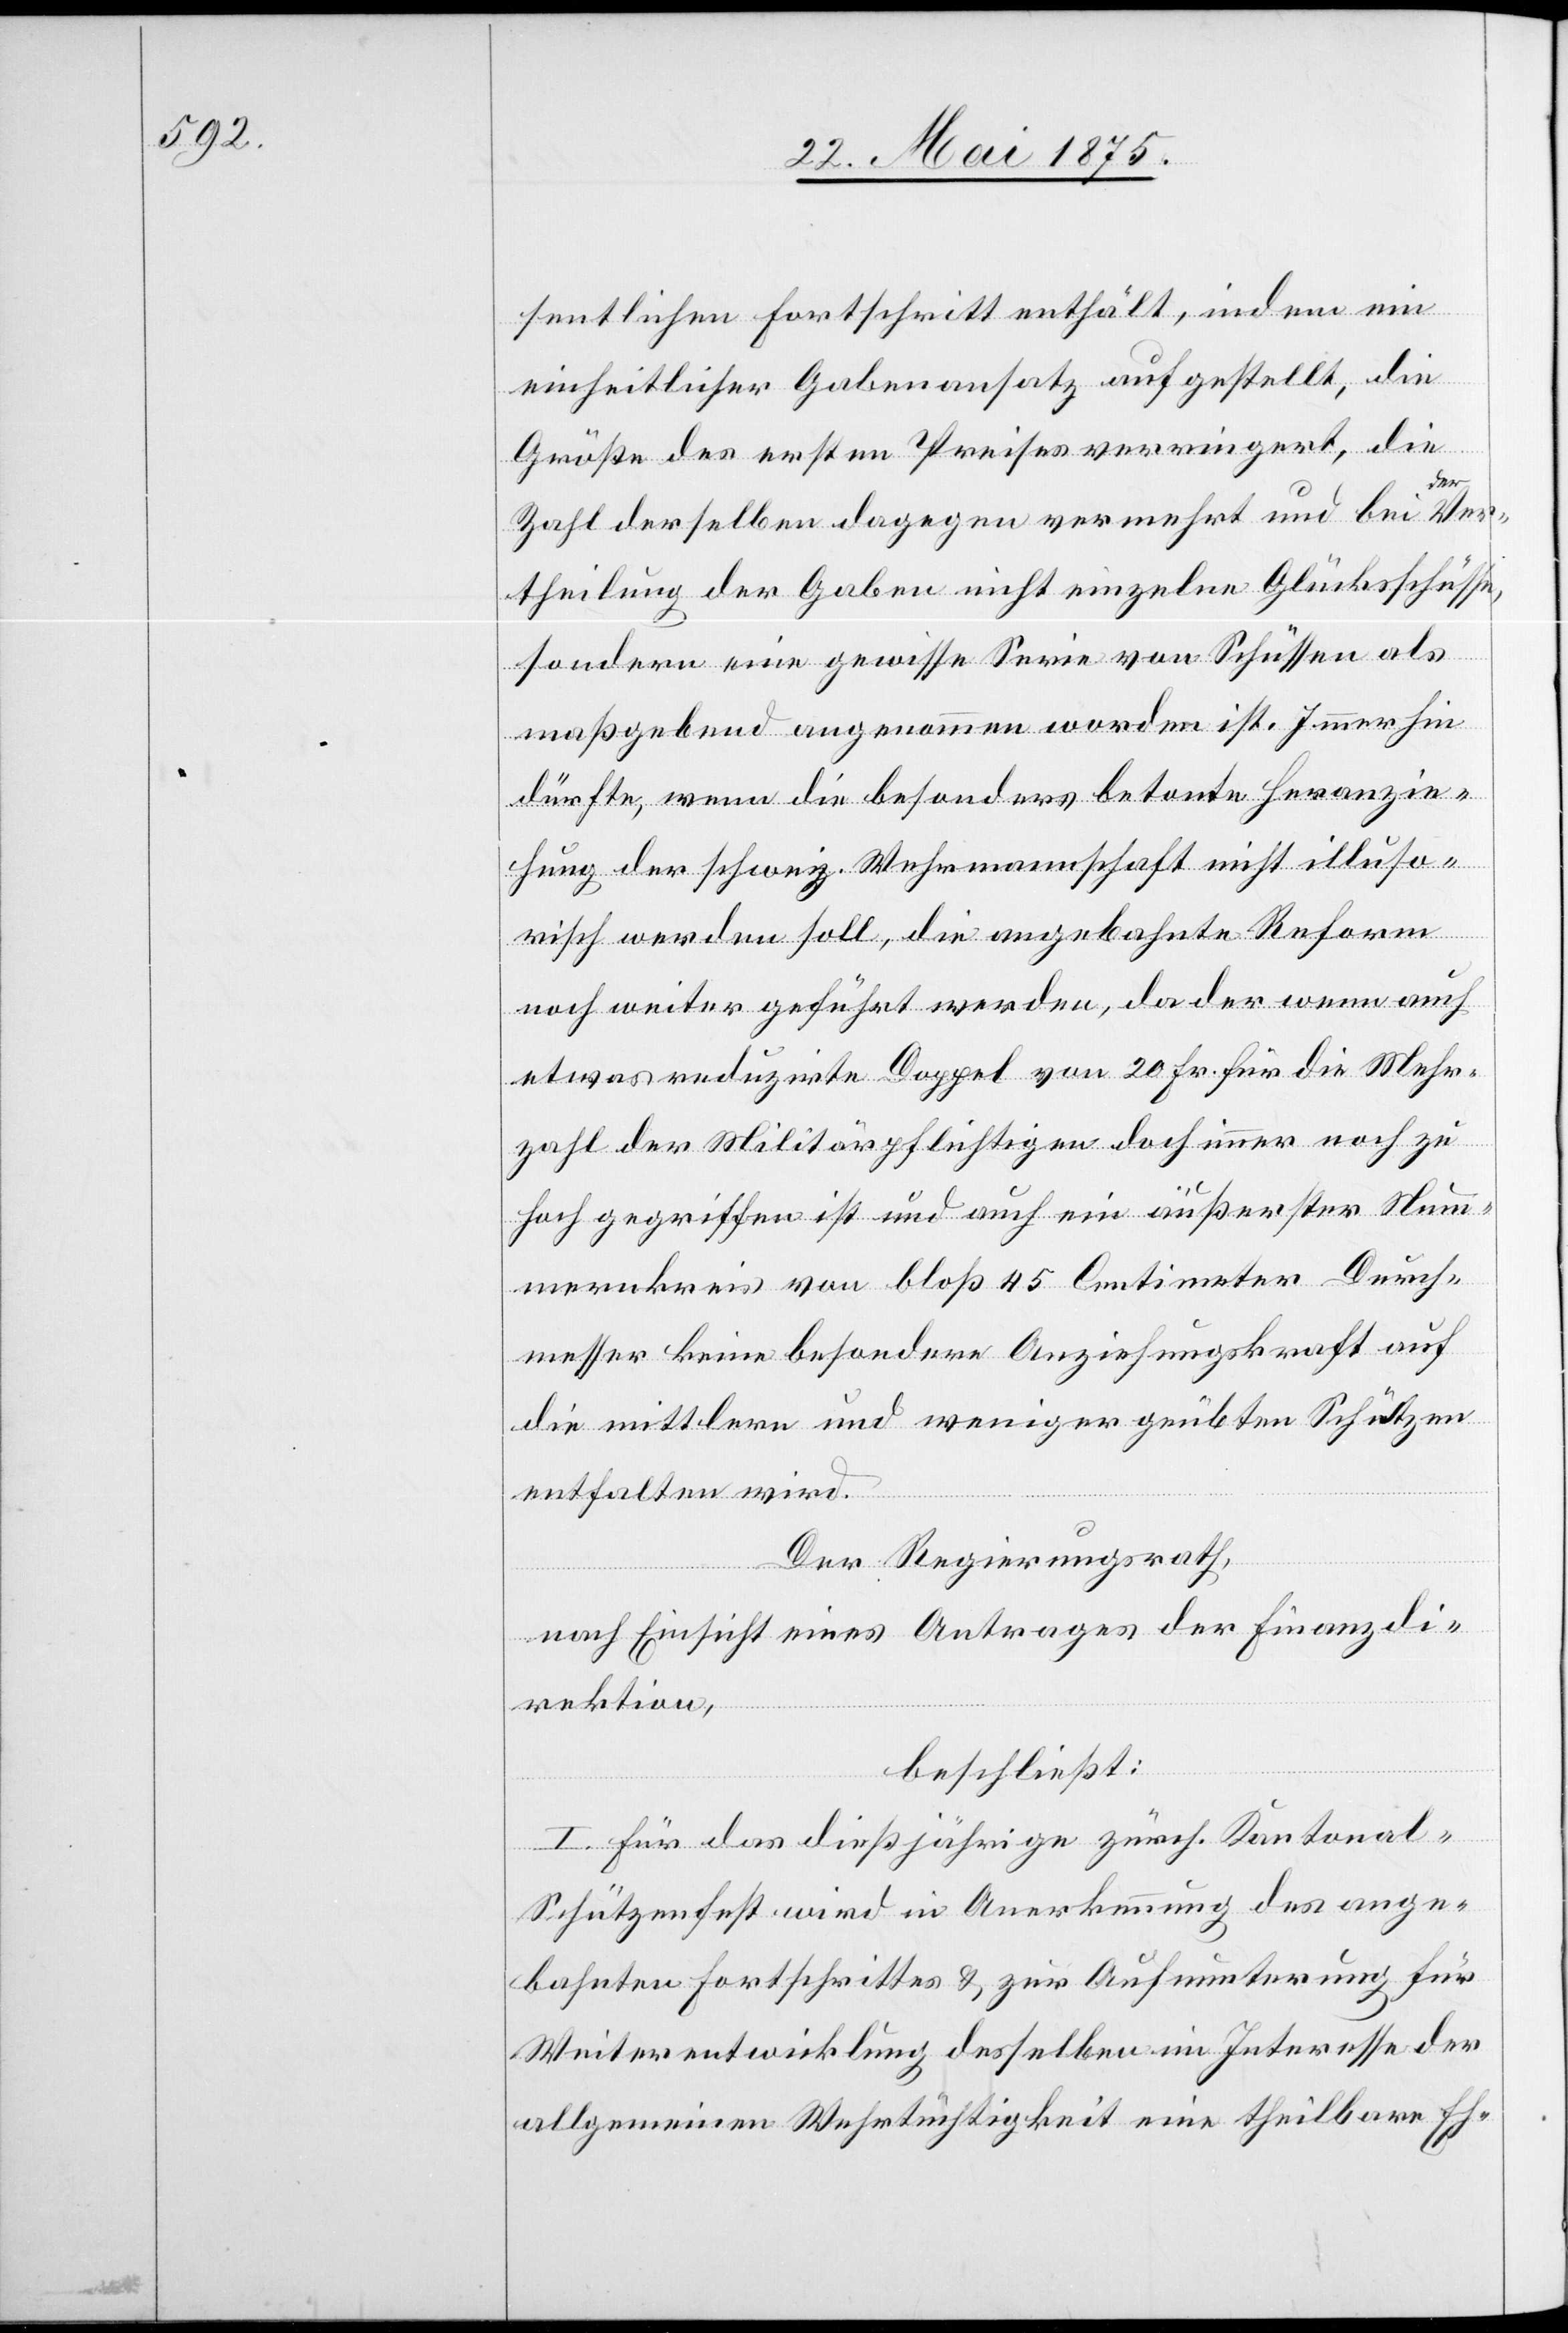
sentlichen Fortschritt enthält, indem ein
einheitlicher Gabenansatz aufgestellt, die
Größe des ersten Preises verringert, die
Ver¬
Zahl derselben dagegen vermehrt und bei der
theilung der Gaben nicht einzelne Glücksschüsse,
sondern eine gewisse Serie von Schüssen als
maßgebend angenommen worden ist. Immerhin
dürfte, wenn die besonders betonte Heranzie¬
hung der schweiz. Wehrmannschaft nicht illuso¬
risch werden soll, die angebahnte Reform
noch weiter geführt werden, da der wenn auch
etwas reduzirte Doppel von 20 Fr. für die Mehr¬
zahl der Militärpflichtigen doch immer noch zu
hoch gegriffen ist und auch ein äußerster Num¬
mernkreis von bloß 45 Centimeter Durch¬
messer keine besondere Anziehungskraft auf
die mittlern und weniger geübten Schützen
entfalten wird.
Der Regierungsrath,
nach Einsicht eines Antrages der Finanzdi¬
rektion,
beschließt:
I. Für das dießjährige zürch. Kantona¬
l-Schützenfest wird in Anerkennung des ange¬
bahnten Fortschrittes & zur Aufmunterung für
Weiterentwicklung desselben im Interesse der
allgemeinen Wehrtüchtigkeit eine theilbare Eh-